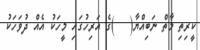
ކީރިތި މާތް ނަބިއްޔާ(   )ގެ އަރިހުގައި މީހަކު އެއް ދުވަހަކު